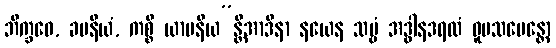
ဘိက္ခဝေ, ခမနီယံ, ကစ္စိ ယာပနီယ”န္တိအာဒိနာ နယေန သဗ္ဗံ အဒ္ဓါနဒရထံ ဝူပသမေန္တော